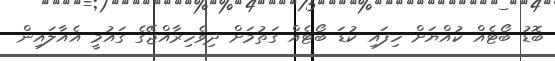
ބޮޑު ބޯޓެއް ކުއްޔަށް ހިފައި ކުޑަ ބޯޓެއް ގަތުމަށް ދިވެހިރާއްޖޭގެ ގައުމީ އެއާލައިން